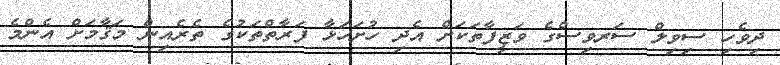
ދިވެހި ސިވިލް ސަރވިސްގެ ވަޒީފާތަކަށް އެދި ހުށަހަޅާ ފަރާތްތަކުގެ ތެރެއިން މަޤާމަށް އެންމެ